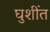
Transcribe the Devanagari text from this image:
घुशींत